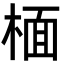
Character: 㮌